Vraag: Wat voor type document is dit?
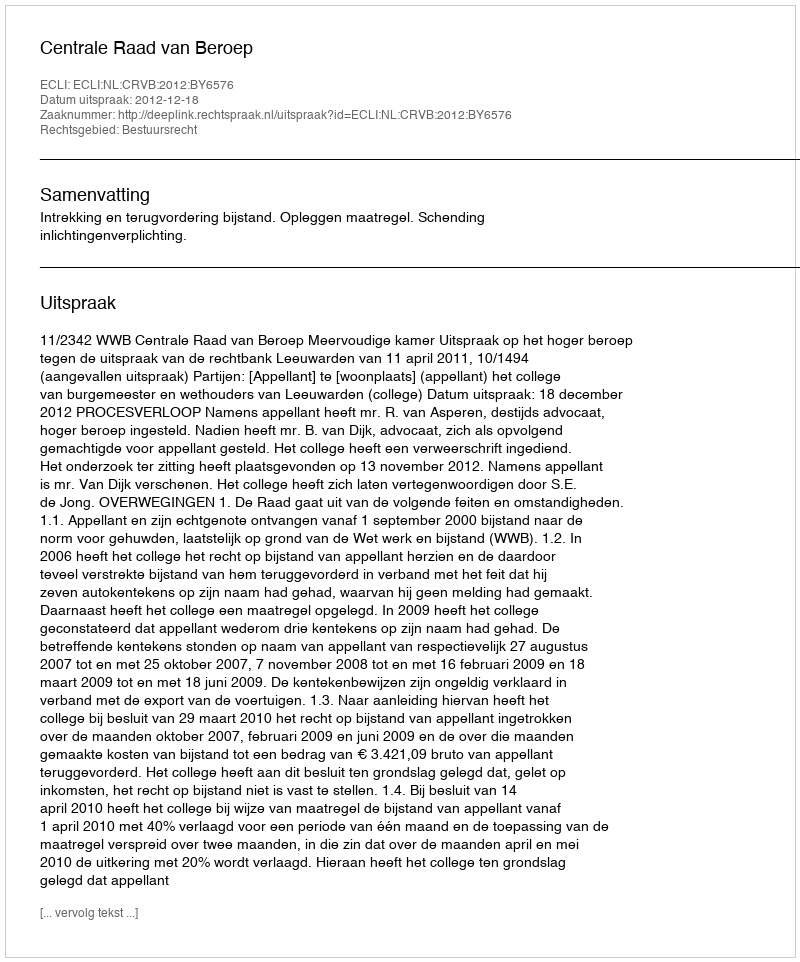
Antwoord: Uitspraak